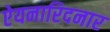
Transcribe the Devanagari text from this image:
ऐयनारिदनार